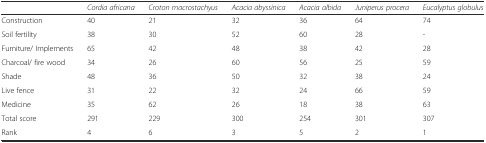
<table><thead><tr><td></td><td><b><i>Cordia africana</i></b></td><td><b><i>Croton macrostachyus</i></b></td><td><b><i>Acacia abyssinica</i></b></td><td><b><i>Acacia albida</i></b></td><td><b><i>Juniperus procera</i></b></td><td><b><i>Eucalyptus globulus</i></b></td></tr></thead><tbody><tr><td>Construction</td><td>40</td><td>21</td><td>32</td><td>36</td><td>64</td><td>74</td></tr><tr><td>Soil fertility</td><td>38</td><td>30</td><td>52</td><td>60</td><td>28</td><td>-</td></tr><tr><td>Furniture/ Implements</td><td>65</td><td>42</td><td>48</td><td>38</td><td>42</td><td>28</td></tr><tr><td>Charcoal/ fire wood</td><td>34</td><td>26</td><td>60</td><td>56</td><td>25</td><td>59</td></tr><tr><td>Shade</td><td>48</td><td>36</td><td>50</td><td>32</td><td>38</td><td>24</td></tr><tr><td>Live fence</td><td>31</td><td>22</td><td>32</td><td>24</td><td>66</td><td>59</td></tr><tr><td>Medicine</td><td>35</td><td>62</td><td>26</td><td>18</td><td>38</td><td>63</td></tr><tr><td>Total score</td><td>291</td><td>229</td><td>300</td><td>254</td><td>301</td><td>307</td></tr><tr><td>Rank</td><td>4</td><td>6</td><td>3</td><td>5</td><td>2</td><td>1</td></tr></tbody></table>